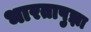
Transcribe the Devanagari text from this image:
भारतापुझा